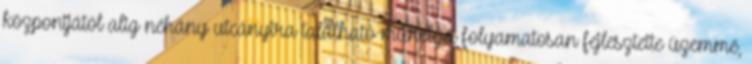
központjától alig néhány utcányira található mûhelyét folyamatosan fejlesztette üzemmé,